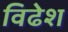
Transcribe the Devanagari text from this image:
विढेश